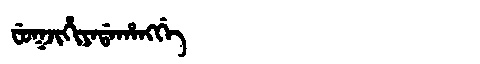
Manchu: ᠸᡠᡴᠵᡳᡥᡳᠶᠠᡩᠠᡥᠠᠩᡤᡝ
Romanization: FUKJIHIYADAHANGGE